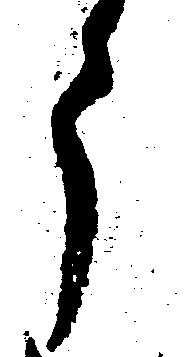
う